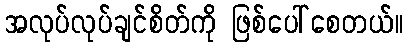
အလုပ်လုပ်ချင်စိတ်ကို ဖြစ်ပေါ်စေတယ်။